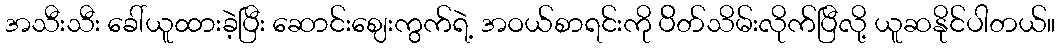
အသီးသီး ခေါ်ယူထားခဲ့ပြီး ဆောင်းဈေးကွက်ရဲ့ အဝယ်စာရင်းကို ပ်ိတ်သိမ်းလိုက်ပြီလို့ ယူဆနိုင်ပါတယ်။